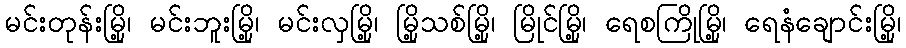
မင်းတုန်းမြို့၊ မင်းဘူးမြို့၊ မင်းလှမြို့၊ မြို့သစ်မြို့၊ မြိုင်မြို့၊ ရေစကြိုမြို့၊ ရေနံချောင်းမြို့၊